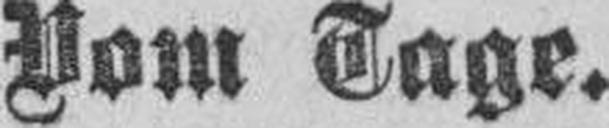
Vom Tage.